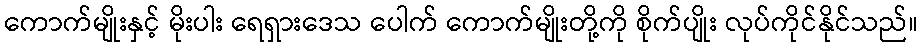
ကောက်မျိုးနှင့် မိုးပါး ရေရှားဒေသ ပေါက် ကောက်မျိုးတို့ကို စိုက်ပျိုး လုပ်ကိုင်နိုင်သည်။